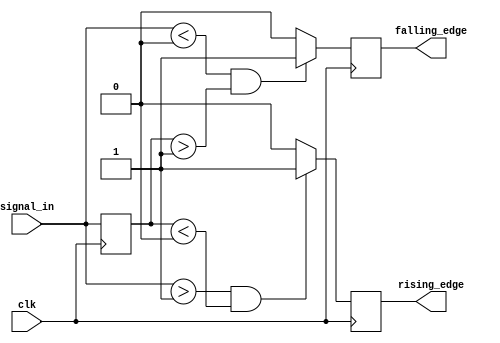
module schmitt_trigger_edge_detector (
    input wire clk,                // Clock input
    input wire signal_in,          // Input signal to detect edges
    output reg rising_edge,        // Rising edge detected output
    output reg falling_edge        // Falling edge detected output
);

    // Threshold levels (define these based on your application)
    parameter Vth_high = 1'b1;     // Upper threshold
    parameter Vth_low = 1'b0;      // Lower threshold

    reg prev_state;                // Memory block to hold previous state

    // Edge detection logic
    always @(posedge clk) begin
        // Initialize outputs
        rising_edge <= 1'b0;
        falling_edge <= 1'b0;

        // Check for rising edge
        if (signal_in > Vth_high && prev_state < Vth_low) begin
            rising_edge <= 1'b1;    // Rising edge detected
        end
        
        // Check for falling edge
        if (signal_in < Vth_low && prev_state > Vth_high) begin
            falling_edge <= 1'b1;   // Falling edge detected
        end

        // Update previous state
        prev_state <= signal_in;
    end

endmodule